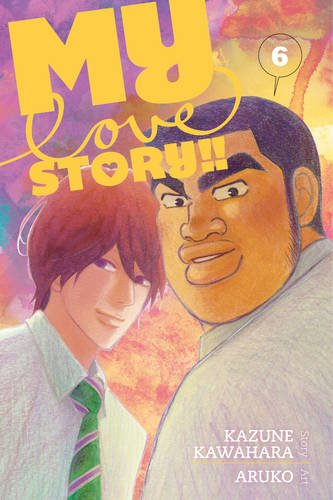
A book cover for My Love Story!!, Vol. 6; Kazune Kawahara; Comics & Graphic Novels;